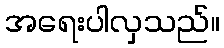
အရေးပါလှသည်။